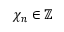
\chi _ { n } \in \mathbb { Z }